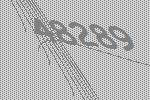
48289